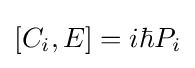
[C_{i},E]=i\hbar P_{i}